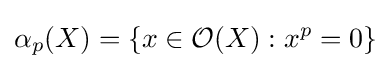
\alpha _{p}(X)=\{x\in {\mathcal {O}}(X):x^{p}=0\}